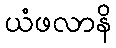
ယံဖလာနိ